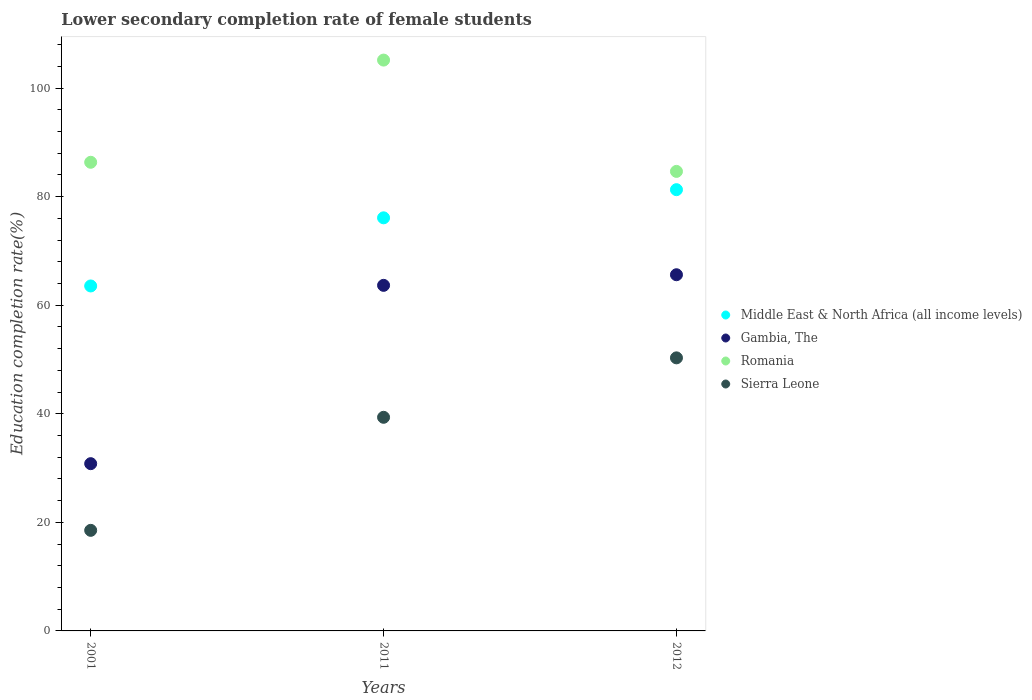
| Years | Middle East & North Africa (all income levels) | Gambia, The | Romania | Sierra Leone |
 | --- | --- | --- | --- | --- |
 | 2001 | 63.5 | 30.8 | 86.3 | 18.5 |
 | 2011 | 76.1 | 63.7 | 105 | 39.4 |
 | 2012 | 81.3 | 65.6 | 84.7 | 50.3 |